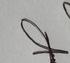
Signature authenticity: genuine